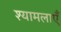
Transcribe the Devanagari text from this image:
श्यामलाएँ